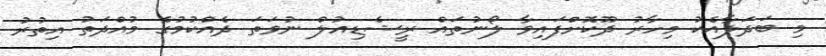
މި ބަދަލާއެކު މިހާރު ދޫކޮށްފައިވާ ލޯނުތައް ރީޝެޑިއުލް ނުވަތަ ދެއްކުމުގެ މުއްދަތު އިތުރު